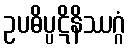
ဥပဓိပ္ပဋိနိဿဂ္ဂံ